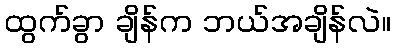
ထွက်ခွာ ချိန်က ဘယ်အချိန်လဲ။